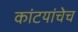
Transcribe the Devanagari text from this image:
कांटयांचेच